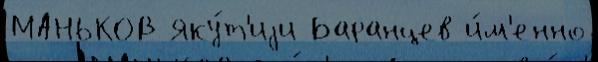
МАНЬКОВ Яку́т'иjи Баранцев и́м'енно